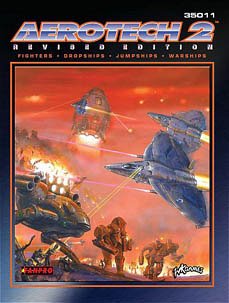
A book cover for Classic Battletech: Aerotech 2, Revised Edition; Science Fiction & Fantasy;